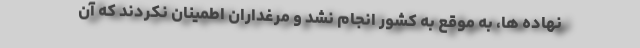
نهاده ها، به موقع به کشور انجام نشد و مرغداران اطمینان نکردند که آن